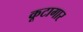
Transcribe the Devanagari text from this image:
कूटागार